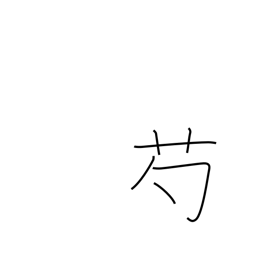
Meaning: peony